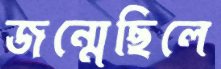
জন্মেছিলে